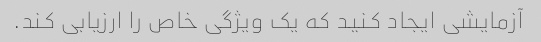
آزمایشی ایجاد کنید که یک ویژگی خاص را ارزیابی کند.